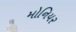
મોનિયર